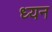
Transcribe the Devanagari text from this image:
ध्यन